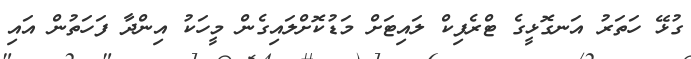
ގުޅޭ ހަތަރު އަނގޮޅީގެ ޓްރެފިކް ލައިޓަށް މަޑުކޮށްލައިގެން މީހަކު އިންދާ ފަހަތުން އައި